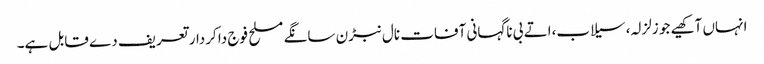
انہاں آکھیے جو زلزلہ، سیلاب،اتے بی ناگہانی آفات نال نبڑن سانگے مسلح فوج دا کردار تعریف دے قابل ہے۔